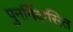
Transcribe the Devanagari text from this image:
पुनर्निवासित